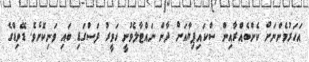
އަހަރުމެންނަށް ކެންބެއްރާއިން ސްކައިޕިޔާއަށް ދާން ނައްޓާލެވުނީ ހަވީރު ފަސްގަޑި ބައި ވަނިކޮށެވެ. ޑޭވިޑްގެ